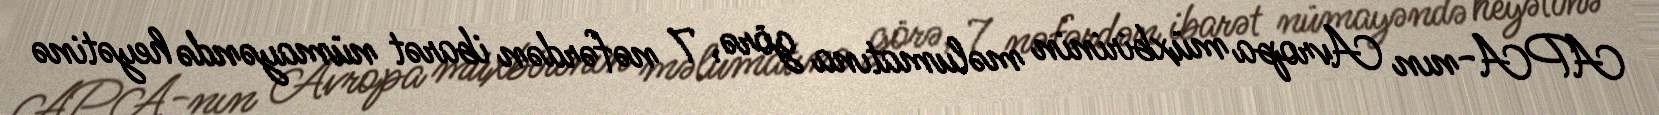
APA-nın Avropa müxbirinin məlumatına görə, 7 nəfərdən ibarət nümayəndə heyətinə